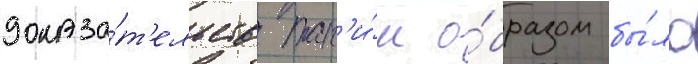
доказа́т'ельств так'и́м о́бразом бы́ло